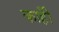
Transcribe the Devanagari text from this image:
काहीँ